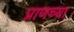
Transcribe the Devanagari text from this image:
प्राणच्या